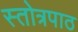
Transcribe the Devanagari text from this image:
स्तोत्रपाठ